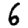
Digit: 6